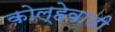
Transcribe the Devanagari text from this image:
कोल्हेवाडी